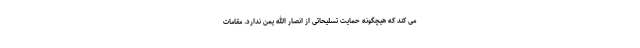
می کند که هیچگونه حمایت تسلیحاتی از انصار الله یمن ندارد. مقامات